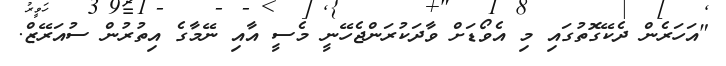
"އަހަރެން ދެކޭގޮތުގައި މި އެވޯޑަށް ވާދަކުރަންޖެހޭނީ މެސީ އާއި ނޭމާގެ އިތުރުން ސުއަރޭޒް.